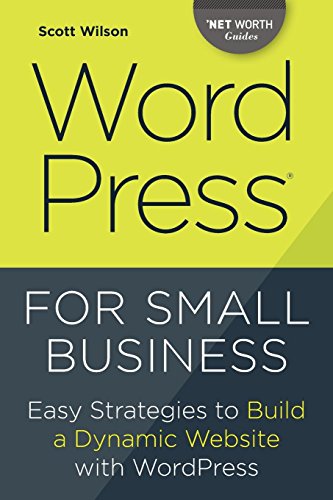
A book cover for Wordpress for Small Business: Easy Strategies to Build a Dynamic Website with Wordpress; Scott Wilson; Computers & Technology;